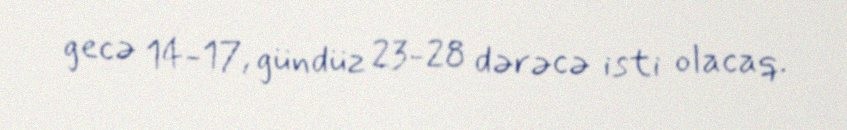
gecə 14-17, gündüz 23-28 dərəcə isti olacaq.